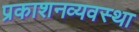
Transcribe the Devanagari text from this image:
प्रकाशनव्यवस्था